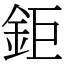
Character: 鉅